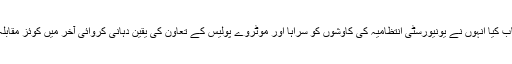
تقریب سے ڈی ایس پی سید فرحان علی نے بھی خطاب کیا انہوں نے یونیورسٹی انتظامیہ کی کاوشوں کو سراہا اور موٹروے پولیس کے تعاون کی یقین دہانی کروائی آخر میں کوئز مقابلہ میں کامیاب طلبہ میں سیفٹی ہیلمٹ تقسیم کیے گئے۔